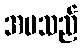
အမသည်